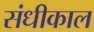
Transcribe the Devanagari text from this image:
संधीकाल